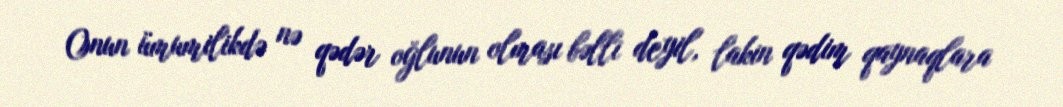
Onun ümumilikdə nə qədər oğlunun olması bəlli deyil, lakin qədim qaynaqlara